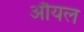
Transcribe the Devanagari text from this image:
औयल